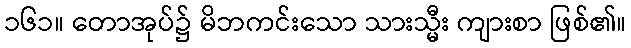
၁၆၁။ တောအုပ်၌ မိဘကင်းသော သားသ္မီး ကျားစာ ဖြစ်၏။